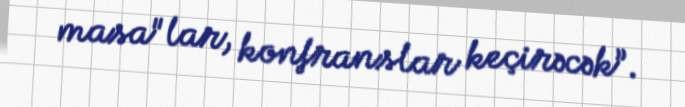
masa"lar, konfranslar keçirəcək”.